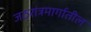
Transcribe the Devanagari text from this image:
जठरांत्रमार्गातील